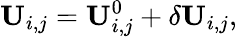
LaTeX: \mathbf{U}_{i,j}=\mathbf{U}_{i,j}^{0}+\delta\mathbf{U}_{i,j},